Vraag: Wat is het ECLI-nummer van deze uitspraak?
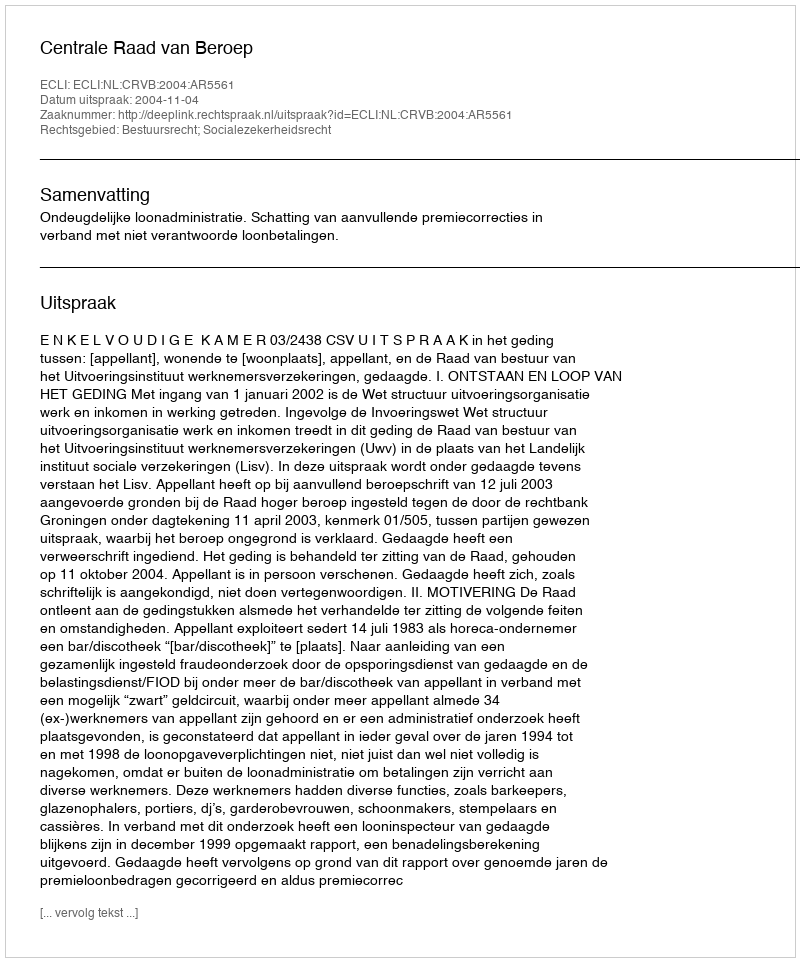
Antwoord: ECLI:NL:CRVB:2004:AR5561